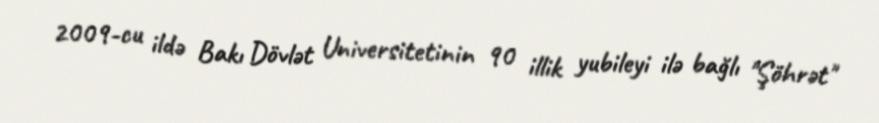
2009-cu ildə Bakı Dövlət Universitetinin 90 illik yubileyi ilə bağlı "Şöhrət"